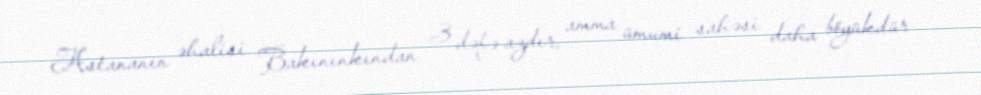
Astananın əhalisi Bakınınkından 3 dəfə azdır, amma ümumi sahəsi daha böyükdür